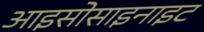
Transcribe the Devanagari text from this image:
आइसोसाइनाइट